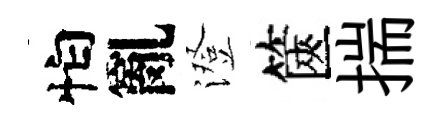
怕亂澄篋揣